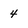
Character: 4